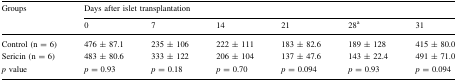
| <ROWSPAN=2> Groups | <COLSPAN=6> Days after islet transplantation |
 | 0 | 7 | 14 | 21 | 28a | 31 |
 | --- | --- | --- | --- | --- | --- | --- |
 | Control (n = 6) | 476 ± 87.1 | 235 ± 106 | 222 ± 111 | 183 ± 82.6 | 189 ± 128 | 415 ± 80.0 |
 | Sericin (n = 6) | 483 ± 80.6 | 333 ± 122 | 206 ± 104 | 137 ± 47.6 | 143 ± 22.4 | 491 ± 71.0 |
 | p value | p = 0.93 | p = 0.18 | p = 0.70 | p = 0.094 | p = 0.93 | p = 0.094 |